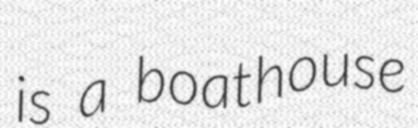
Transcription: is a boathouse